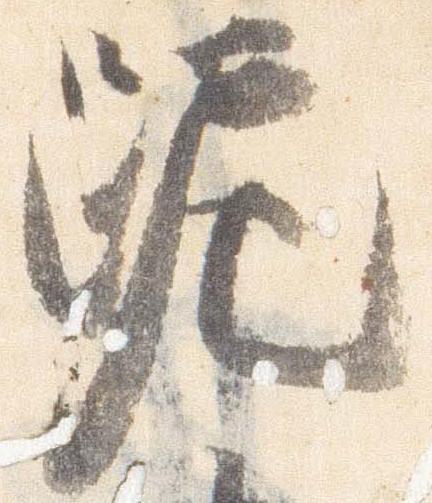
跪